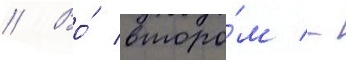
// Во́ второ́м -